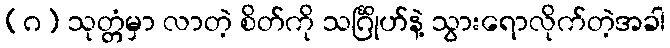
(ဂ) သုတ္တံမှာ လာတဲ့ စိတ်ကို သင်္ဂြိုဟ်နဲ့ သွားရောလိုက်တဲ့အခါ